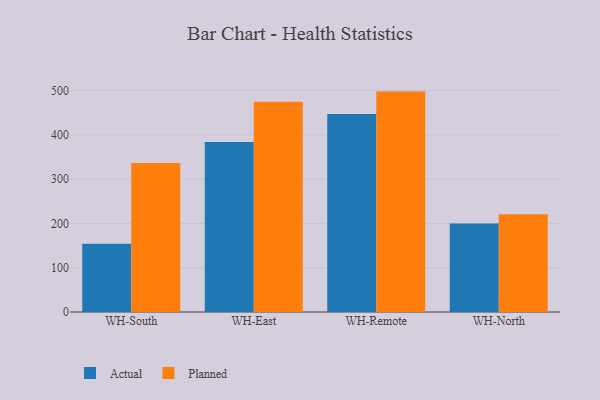
{"axis": {"x": "Warehouse", "y": "Bounce Rate (%)"}, "legend": ["Actual", "Planned"], "data": [{"x": "WH-South", "y": 153.9, "type": "Actual"}, {"x": "WH-South", "y": 336.5, "type": "Planned"}, {"x": "WH-East", "y": 383.7, "type": "Actual"}, {"x": "WH-East", "y": 474.5, "type": "Planned"}, {"x": "WH-Remote", "y": 447.1, "type": "Actual"}, {"x": "WH-Remote", "y": 497.5, "type": "Planned"}, {"x": "WH-North", "y": 199.6, "type": "Actual"}, {"x": "WH-North", "y": 220.8, "type": "Planned"}]}